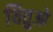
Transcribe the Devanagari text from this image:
यितुओ